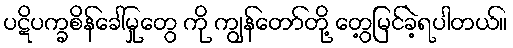
ပဋိပက္ခစိန်ခေါ်မှုတွေ ကို ကျွန်တော်တို့ တွေ့မြင်ခဲ့ရပါတယ်။